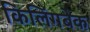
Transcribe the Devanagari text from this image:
किलिंगबेक